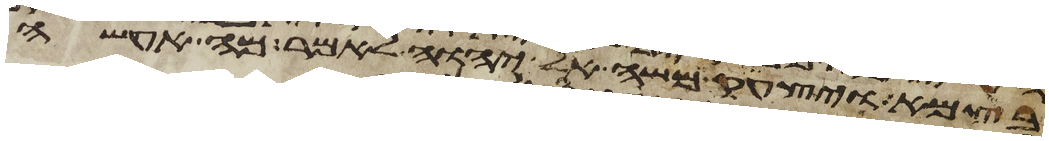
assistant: בצמא ויצעק משה אל יהוה לאמר מה אעשה